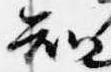
知